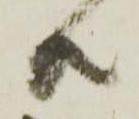
共